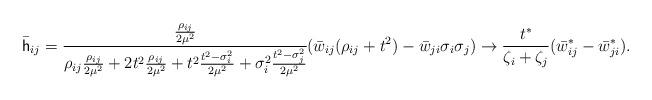
LaTeX: \begin{align*} \bar{\mathsf h}_{ij}&=\cfrac{\frac{\rho_{ij}}{2\mu^2}}{\rho_{ij} \frac{\rho_{ij}}{2\mu^2} + 2 t^2 \frac{\rho_{ij}}{2\mu^2}+ t^2 \frac{t^2-\sigma_i^2}{2\mu^2} + \sigma_i^2 \frac{t^2 - \sigma_j^2}{2\mu^2}} (\bar{w}_{ij}(\rho_{ij} + t^2) - \bar{w}_{ji}\sigma_i \sigma_j)\to \frac{t^*}{\zeta_i + \zeta_j} (\bar{w}^*_{ij} - \bar{w}^*_{ji}).\end{align*}